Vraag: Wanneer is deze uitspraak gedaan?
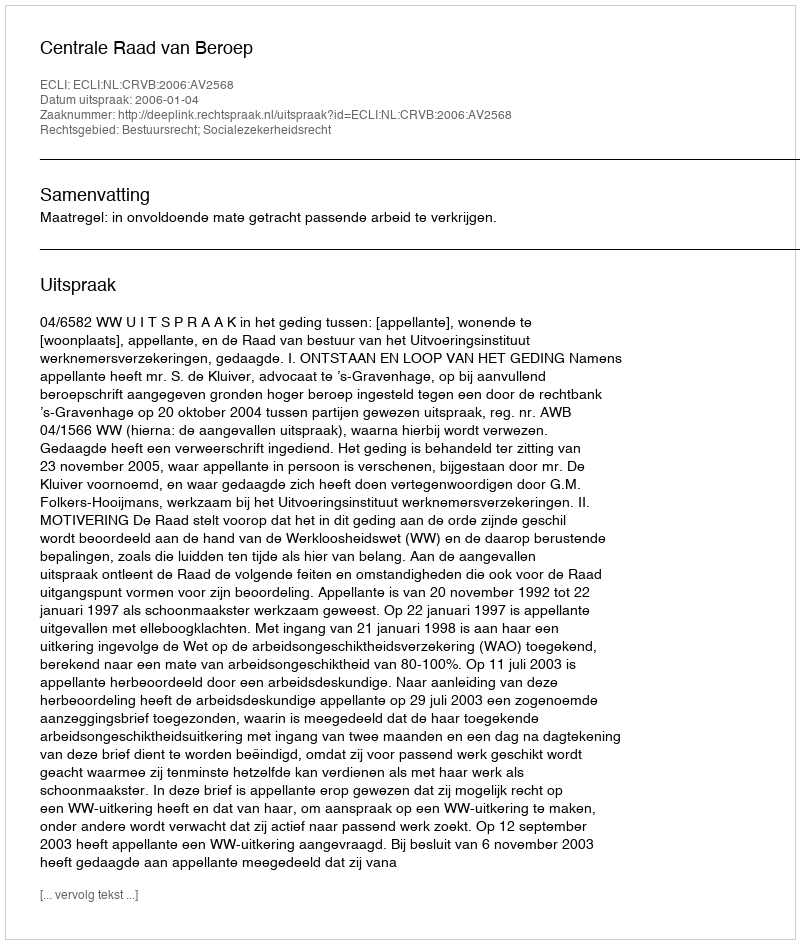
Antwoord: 2006-01-04